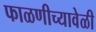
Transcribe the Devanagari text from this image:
फाळणीच्यावेळी